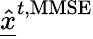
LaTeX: \underline{{\hat{x}}}^{t,\mathrm{MMSE}}